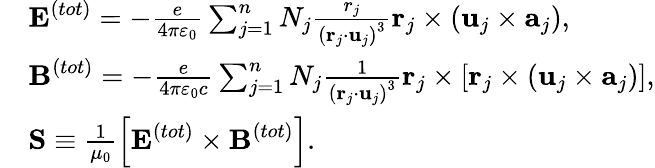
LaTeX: \begin{array}{rl}&{\textbf{E}^{(tot)}=-\frac{e}{4\pi\varepsilon_{0}}\sum_{j=1}^{n}N_{j}\frac{r_{j}}{\left(\textbf{r}_{j}\cdot\textbf{u}_{j}\right)^{3}}\textbf{r}_{j}\times\left(\textbf{u}_{j}\times\textbf{a}_{j}\right),}\\ &{\textbf{B}^{(tot)}=-\frac{e}{4\pi\varepsilon_{0}c}\sum_{j=1}^{n}N_{j}\frac{1}{\left(\textbf{r}_{j}\cdot\textbf{u}_{j}\right)^{3}}\textbf{r}_{j}\times\left[\textbf{r}_{j}\times\left(\textbf{u}_{j}\times\textbf{a}_{j}\right)\right],}\\ &{\textbf{S}\equiv\frac{1}{\mu_{0}}\left[\textbf{E}^{(tot)}\times\textbf{B}^{(tot)}\right].}\end{array}